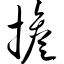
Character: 担